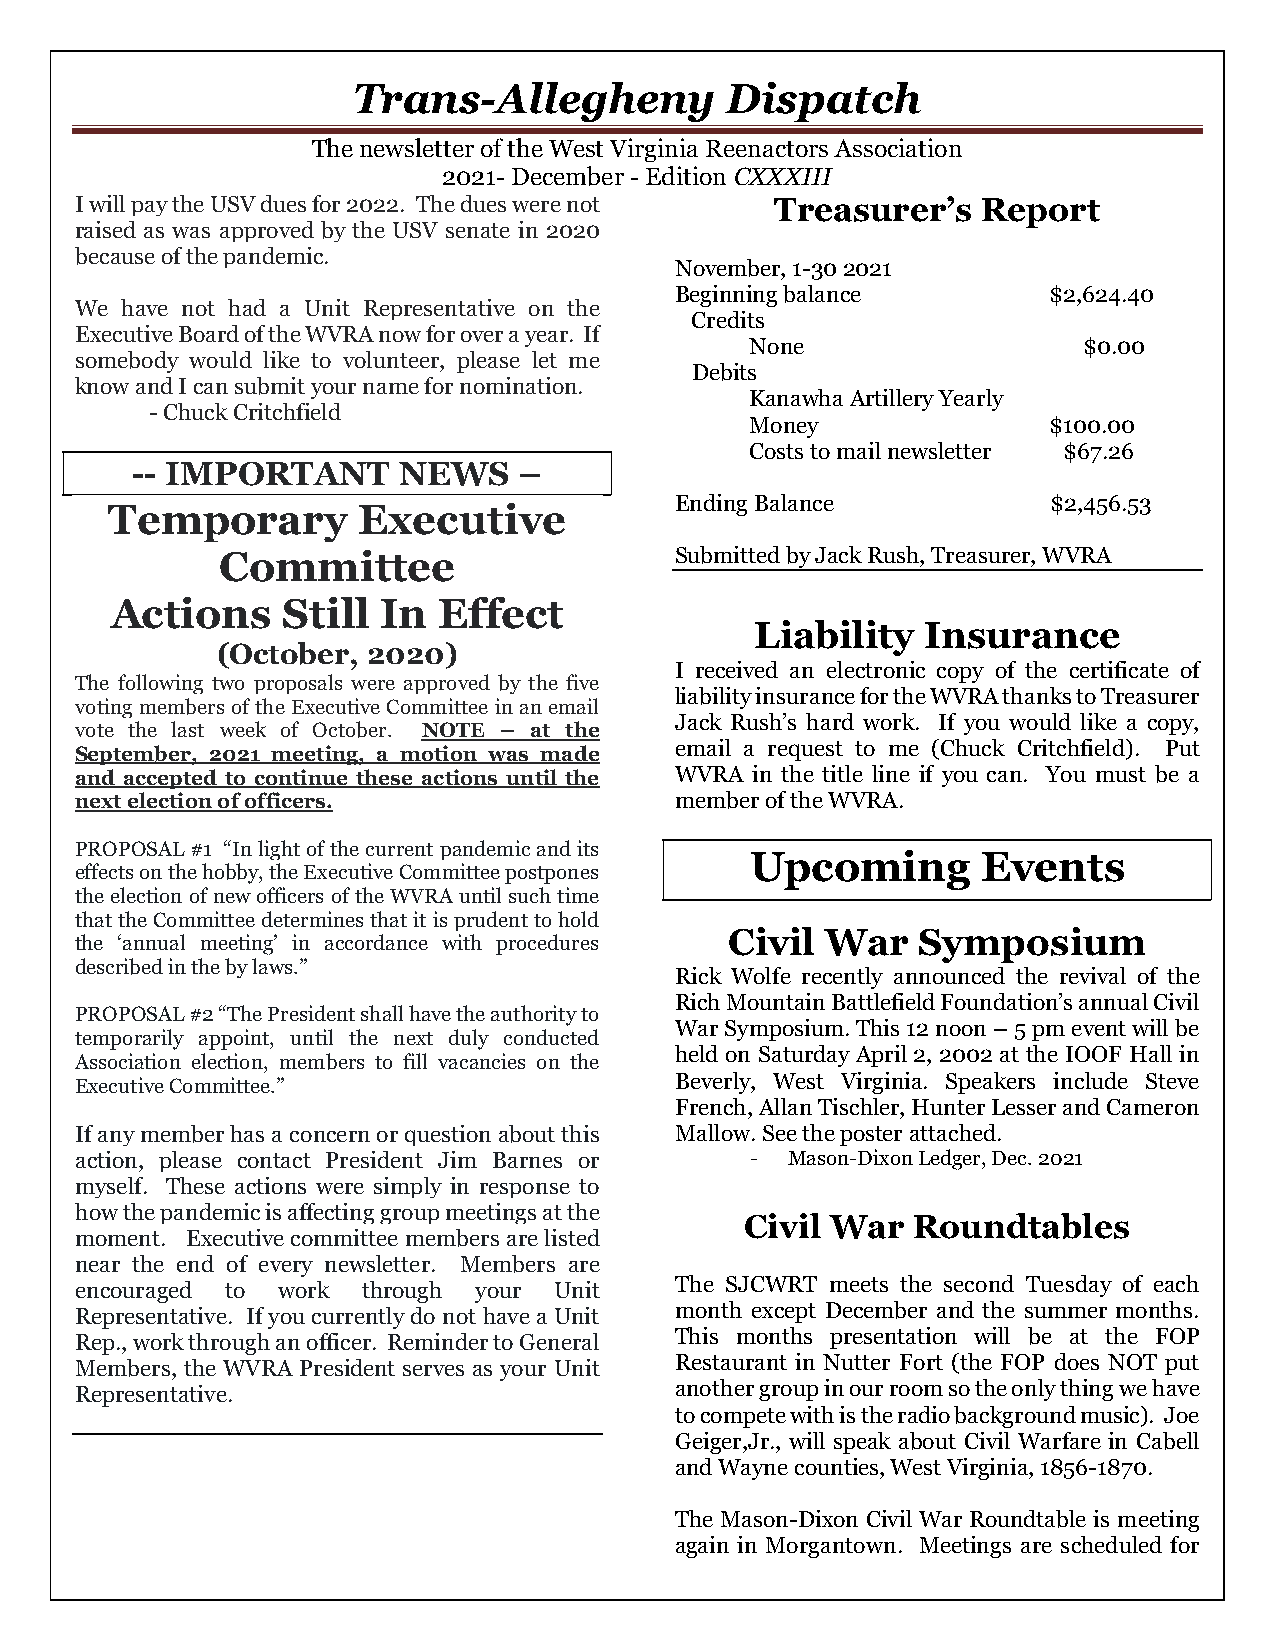
Trans-Allegheny          Dispatch
 The newsletter of the West Virginia Reenactors Association
 2021- December - Edition CXXXIII
 I will pay the USV dues for 2022. The dues were not Treasurer’s Report
 raised as was approved by the USV senate in 2020
 because of the pandemic.
 November, 1-30 2021
 Beginning balance       $2,624.40
 We have not had a Unit Representative on the
 Credits
 Executive Board of the WVRA now for over a year. If
 None                  $0.00
 somebody would like to volunteer, please let me
 Debits
 know and I can submit your name for nomination.
 Kanawha Artillery Yearly
 - Chuck Critchfield
 Money               $100.00
 Costs to mail newsletter $67.26
 -- IMPORTANT     NEWS    –
 Ending Balance           $2,456.53
 Temporary        Executive
 Committee                      Submitted by Jack Rush, Treasurer, WVRA
 Actions     Still In  Effect
 Liability  Insurance
 (October, 2020)
 I received an electronic copy of the certificate of
 The following two proposals were approved by the five
 liability insurance for the WVRA thanks to Treasurer
 voting members of the Executive Committee in an email
 Jack Rush’s hard work. If you would like a copy,
 vote the last week of October. NOTE – at the
 email a request to me (Chuck Critchfield). Put
 September, 2021 meeting, a motion was made
 and accepted to continue these actions until the WVRA in the title line if you can. You must be a
 next election of officers.              member of the WVRA.
 PROPOSAL #1 “In light of the current pandemic and its
 Upcoming       Events
 effects on the hobby, the Executive Committee postpones
 the election of new officers of the WVRA until such time
 that the Committee determines that it is prudent to hold
 Civil  War   Symposium
 the ‘annual meeting’ in accordance with procedures
 described in the by laws.”
 Rick Wolfe recently announced the revival of the
 Rich Mountain Battlefield Foundation’s annual Civil
 PROPOSAL #2 “The President shall have the authority to
 War Symposium. This 12 noon – 5 pm event will be
 temporarily appoint, until the next duly conducted
 held on Saturday April 2, 2002 at the IOOF Hall in
 Association election, members to fill vacancies on the
 Executive Committee.”                   Beverly, West Virginia. Speakers include Steve
 French, Allan Tischler, Hunter Lesser and Cameron
 If any member has a concern or question about this Mallow. See the poster attached.
 action, please contact President Jim Barnes or - Mason-Dixon Ledger, Dec. 2021
 myself. These actions were simply in response to
 how the pandemic is affecting group meetings at the
 Civil War  Roundtables
 moment. Executive committee members are listed
 near the end of every newsletter. Members are
 encouraged to work through your Unit    The SJCWRT meets the second Tuesday of each
 Representative. If you currently do not have a Unit month except December and the summer months.
 Rep., work through an officer. Reminder to General This months presentation will be at the FOP
 Members, the WVRA President serves as your Unit Restaurant in Nutter Fort (the FOP does NOT put
 Representative.                         another group in our room so the only thing we have
 to compete with is the radio background music). Joe
 Geiger,Jr., will speak about Civil Warfare in Cabell
 and Wayne counties, West Virginia, 1856-1870.
 The Mason-Dixon Civil War Roundtable is meeting
 again in Morgantown. Meetings are scheduled for